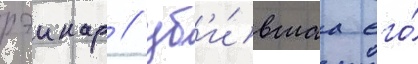
рэинар / уб'и́вшаа его́